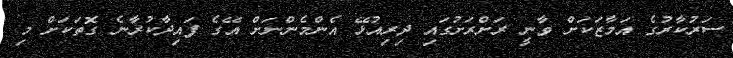
ސަރުކާރުގެ އަމާޒަކަށް ވާނީ ރަށްރަށުގައި ދިރިއުޅޭ އެންމެންނަށް އޭގެ ފައިދާކުރާނެ ގޮތަކަށް މި